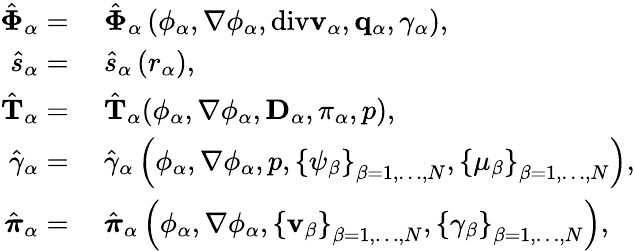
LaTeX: \begin{array}{rl}{\hat{\boldsymbol{\Phi}}_{\alpha}=}&{{}~\hat{\boldsymbol{\Phi}}_{\alpha}\left(\phi_{\alpha},\nabla\phi_{\alpha},\mathrm{div}\mathbf{v}_{\alpha},\mathbf{q}_{\alpha},\gamma_{\alpha}\right),}\\ {\hat{s}_{\alpha}=}&{{}~\hat{s}_{\alpha}\left(r_{\alpha}\right),}\\ {\hat{\mathbf{T}}_{\alpha}=}&{{}~\hat{\mathbf{T}}_{\alpha}(\phi_{\alpha},\nabla\phi_{\alpha},\mathbf{D}_{\alpha},\pi_{\alpha},p),}\\ {\hat{\gamma}_{\alpha}=}&{{}~\hat{\gamma}_{\alpha}\left(\phi_{\alpha},\nabla\phi_{\alpha},p,\left\{ \psi_{\beta}\right\} _{{\beta}=1,\dots,N},\left\{ \mu_{\beta}\right\} _{{\beta}=1,\dots,N}\right),}\\ {\hat{\boldsymbol{\pi}}_{\alpha}=}&{{}~\hat{\boldsymbol{\pi}}_{\alpha}\left(\phi_{\alpha},\nabla\phi_{\alpha},\left\{ \mathbf{v}_{\beta}\right\} _{{\beta}=1,\dots,N},\left\{ \gamma_{\beta}\right\} _{{\beta}=1,\dots,N}\right),}\end{array}